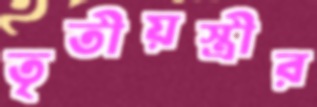
তৃতীয়স্ত্রীর